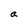
Character: a